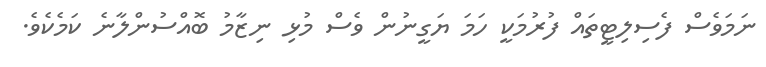
ނަމަވެސް ފެސިލިޓީތައް ފުރުމަކީ ހަމަ ޔަގީނުން ވެސް މުޅި ނިޒާމު ބޮއްސުންލާނެ ކަމެކެވެ.